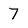
Character: 7